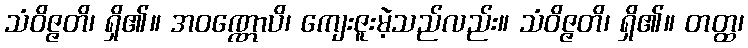
သံဝိဇ္ဇတိ၊ ရှိ၏။ အဝဏ္ဏောပိ၊ ကျေးဇူးမဲ့သည်လည်း။ သံဝိဇ္ဇတိ၊ ရှိ၏။ တတ္ထ၊